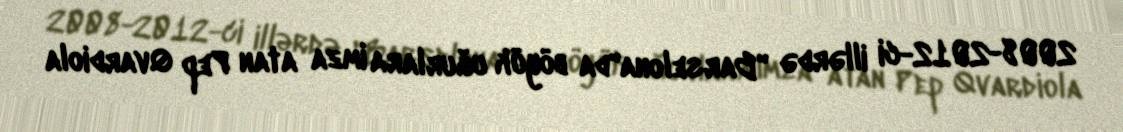
2008-2012-ci illərdə "Barselona"da böyük uğurlara imza atan Pep Qvardiola